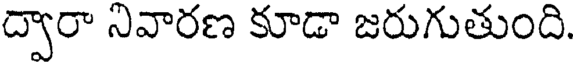
ద్వారా నివారణ కూడా జరుగుతుంది.